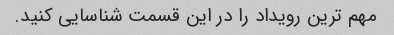
مهم ترین رویداد را در این قسمت شناسایی کنید.